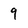
Character: 9